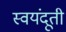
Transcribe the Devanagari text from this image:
स्वयंदूती